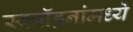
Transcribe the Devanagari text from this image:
स्क्वॉड्रनांमध्ये